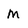
Character: M